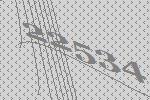
22534